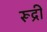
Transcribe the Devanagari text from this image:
रूद्री